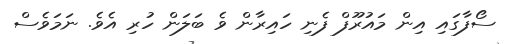
ސޯފާގައި އިން މައުރޫފް ފެނި ހައިރާން ވެ ބަލަން ހުރި އެވެ. ނަމަވެސް